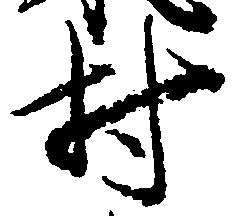
村